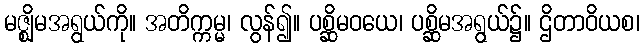
မဇ္ဈိမအရွယ်ကို။ အတိက္ကမ္မ၊ လွန်၍။ ပစ္ဆိမဝယေ၊ ပစ္ဆိမအရွယ်၌။ ဌိတာဝိယစ၊